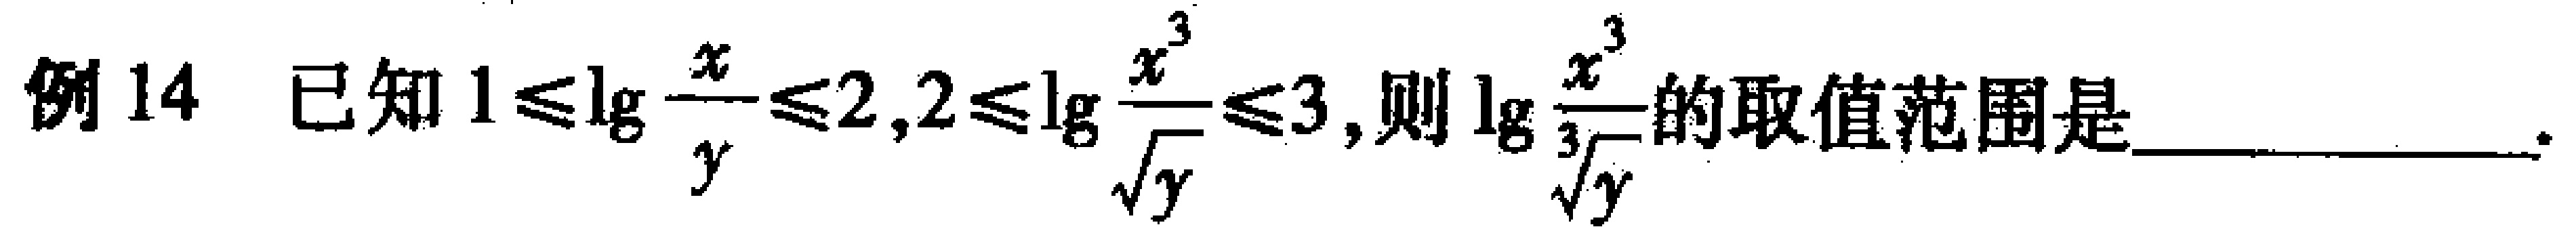
例14 已知\(1\leqslant\lg\frac{x}{y}\leqslant2,2\leqslant\lg\frac{x^{3}}{\sqrt{y}}\leqslant3\),则\(\lg\frac{x^{3}}{\sqrt[3]{y}}\)的取值范围是____________.